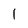
Character: l